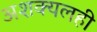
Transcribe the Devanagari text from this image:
अशक्यलही